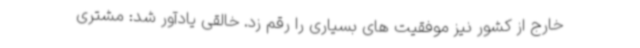
خارج از کشور نیز موفقیت های بسیاری را رقم زد. خالقی یادآور شد: مشتری